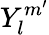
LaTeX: Y_{l}^{m^{\prime}}